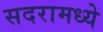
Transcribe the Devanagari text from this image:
सदरामध्ये